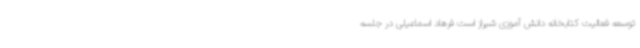
توسعه فعالیت کتابخانه دانش آموزی شیراز است فرهاد اسماعیلی در جلسه